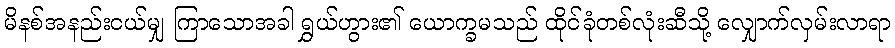
မိနစ်အနည်းငယ်မျှ ကြာသောအခါ ရွှယ်ဟွား၏ ယောက္ခမသည် ထိုင်ခုံတစ်လုံးဆီသို့ လျှောက်လှမ်းလာရာ